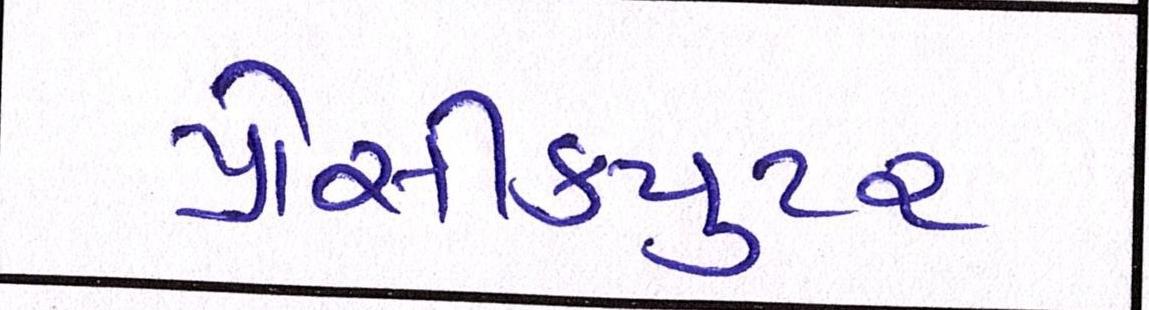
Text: પ્રોસીકયુટર